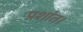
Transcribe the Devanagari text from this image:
प्रशांत।